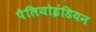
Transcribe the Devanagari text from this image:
पैलियोइंडियन